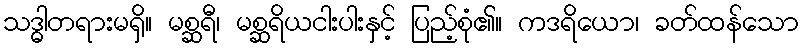
သဒ္ဓါတရားမရှိ။ မစ္ဆရီ၊ မစ္ဆရိယငါးပါးနှင့် ပြည့်စုံ၏။ ကဒရိယော၊ ခတ်ထန်သော